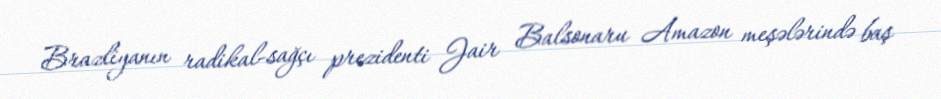
Brazliyanın radikal-sağçı prezidenti Jair Balsonaru Amazon meşələrində baş